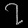
Digit: ၇